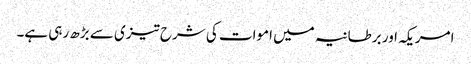
امریکہ اور برطانیہ میں اموات کی شرح تیزی سے بڑھ رہی ہے۔